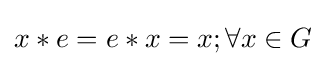
x*e=e*x=x;\forall x\in G